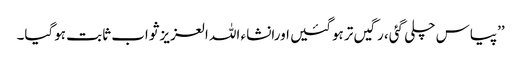
’’پیاس چلی گئی، رگیں تر ہوگئیں اورانشاء اللہ العزیز ثواب ثابت ہوگیا۔